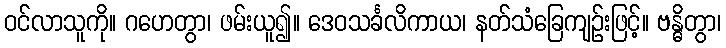
ဝင်လာသူကို။ ဂဟေတွာ၊ ဖမ်းယူ၍။ ဒေဝသင်္ခလိကာယ၊ နတ်သံခြေကျဉ်းဖြင့်။ ဗန္ဓိတွာ၊